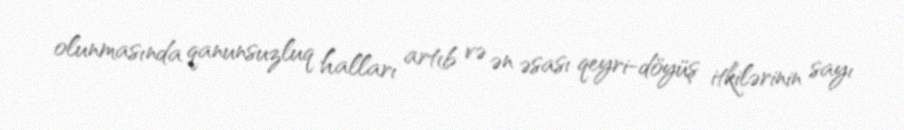
olunmasında qanunsuzluq halları artıb və ən əsası qeyri-döyüş itkilərinin sayı